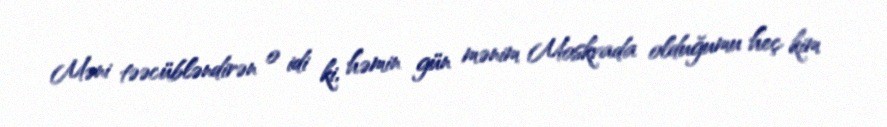
Məni təəcübləndirən o idi ki, həmin gün mənim Moskvada olduğumu heç kim